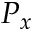
P _ { x }